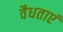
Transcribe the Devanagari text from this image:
वैधताएं